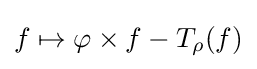
f\mapsto \varphi \times f-T_{\rho }(f)